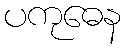
ပကုဓေန